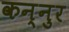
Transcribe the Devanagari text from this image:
कन्नुर